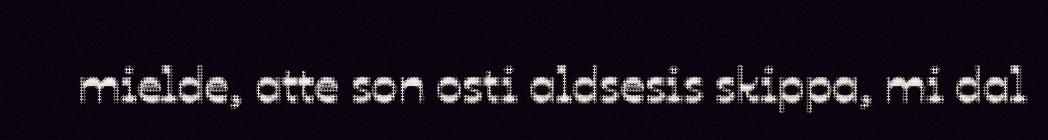
mielde, atte son osti aldsesis skippa, mi dal